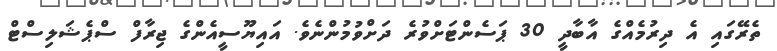
ތެރޭގައި އެ ދިރުމެއްގެ އާބާދީ 30 ޕަސެންޓަށްވުރެ ދަށްވުމުންނެވެ. އައިޔޫސީއެންގެ ޖިރާފް ސްޕެޝަލިސްޓް